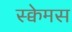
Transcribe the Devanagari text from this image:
स्क्वेमस